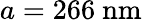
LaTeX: a=266\ \mathrm{nm}